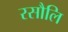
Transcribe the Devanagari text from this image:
रसौलि